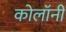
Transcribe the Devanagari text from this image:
कोलॉनी